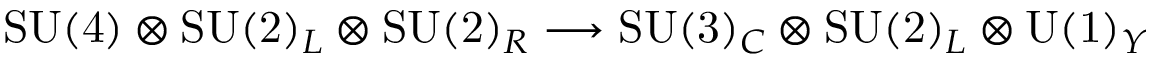
\mathrm { S U ( 4 ) } \otimes \mathrm { S U ( 2 ) } _ { L } \otimes \mathrm { S U ( 2 ) } _ { R } \longrightarrow \mathrm { S U ( 3 ) } _ { C } \otimes \mathrm { S U ( 2 ) } _ { L } \otimes \mathrm { U ( 1 ) } _ { Y }